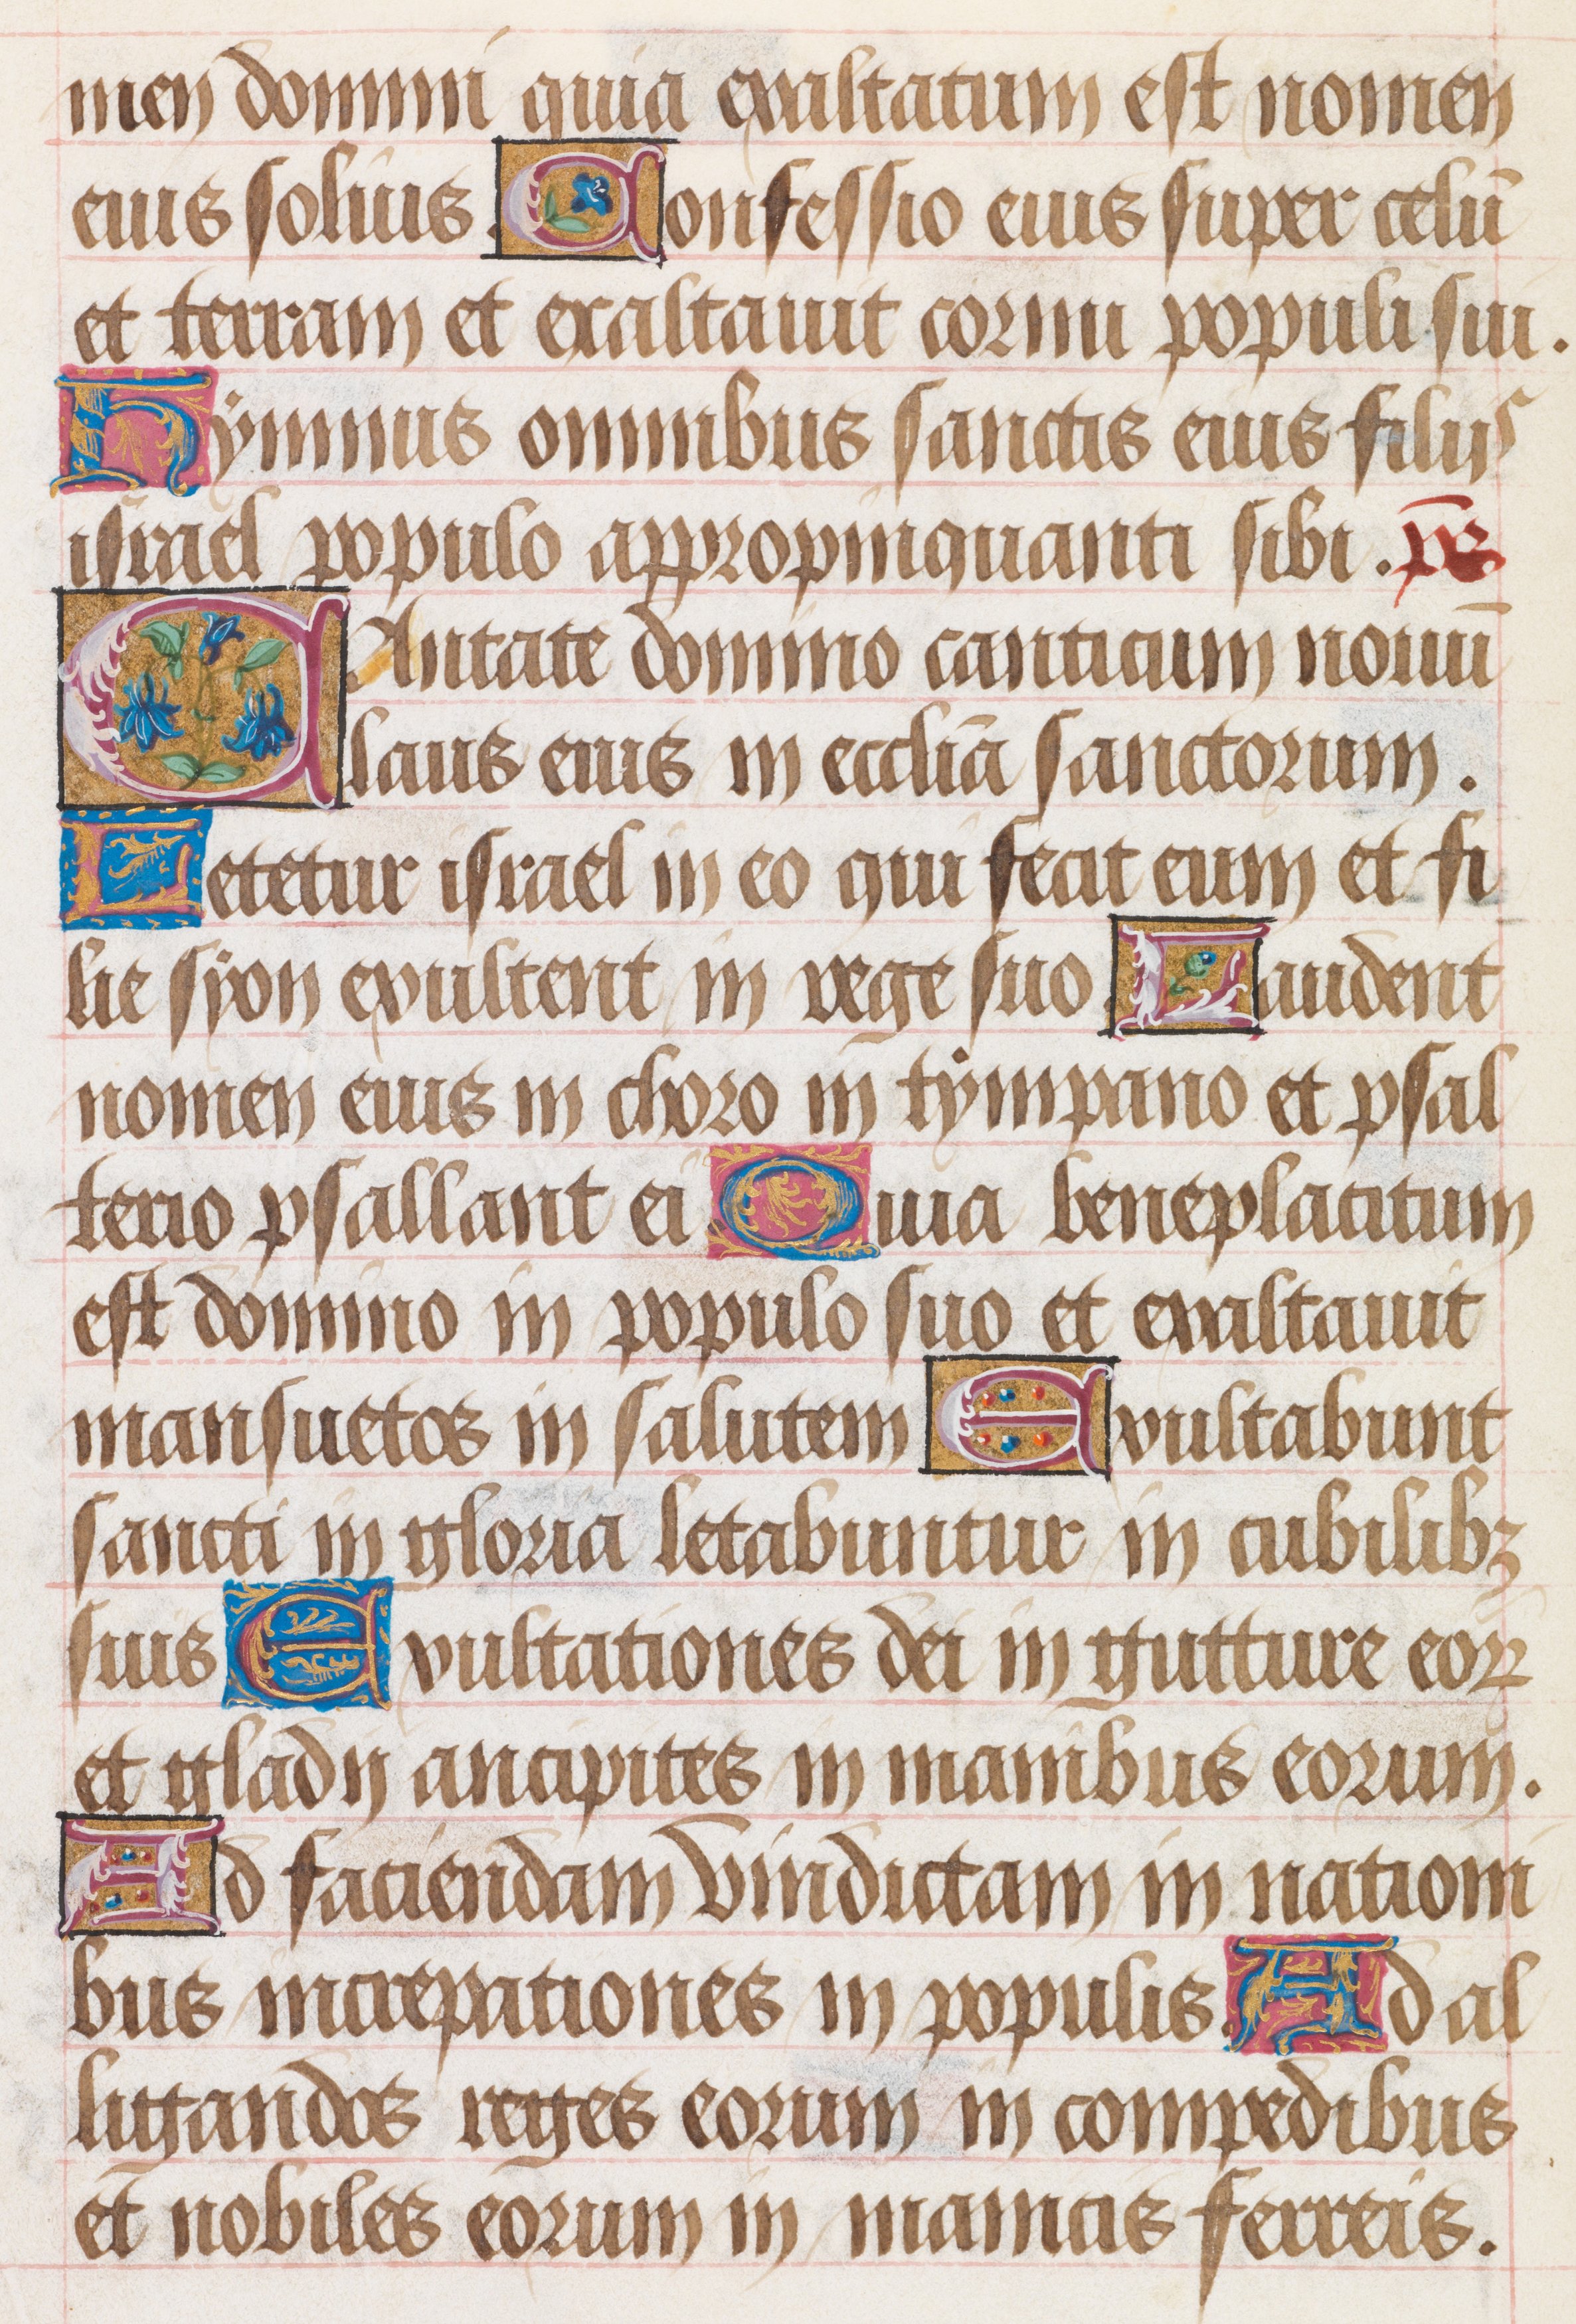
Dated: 1480–1490